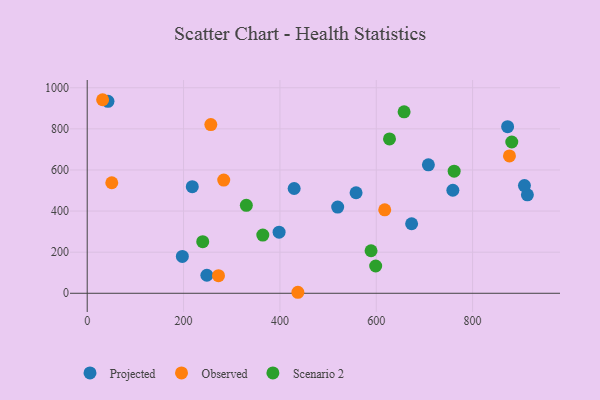
{"axis": {"x": "Engine Size", "y": "Salary"}, "legend": ["Observed", "Projected", "Scenario 2"], "data": [{"x": "398.3", "y": 297.1, "type": "Projected"}, {"x": "913.7", "y": 479.3, "type": "Projected"}, {"x": "759.0", "y": 501.4, "type": "Projected"}, {"x": "43.1", "y": 933.9, "type": "Projected"}, {"x": "673.4", "y": 338.4, "type": "Projected"}, {"x": "218.1", "y": 518.6, "type": "Projected"}, {"x": "558.1", "y": 489.2, "type": "Projected"}, {"x": "429.6", "y": 509.9, "type": "Projected"}, {"x": "872.7", "y": 810.8, "type": "Projected"}, {"x": "197.5", "y": 179.3, "type": "Projected"}, {"x": "248.4", "y": 87.8, "type": "Projected"}, {"x": "907.6", "y": 524.3, "type": "Projected"}, {"x": "708.2", "y": 624.8, "type": "Projected"}, {"x": "519.9", "y": 419.6, "type": "Projected"}, {"x": "32.0", "y": 941.8, "type": "Observed"}, {"x": "51.0", "y": 537.9, "type": "Observed"}, {"x": "437.3", "y": 4.9, "type": "Observed"}, {"x": "272.5", "y": 85.6, "type": "Observed"}, {"x": "876.5", "y": 668.3, "type": "Observed"}, {"x": "617.6", "y": 406.0, "type": "Observed"}, {"x": "256.6", "y": 821.1, "type": "Observed"}, {"x": "283.4", "y": 550.7, "type": "Observed"}, {"x": "589.2", "y": 206.9, "type": "Scenario 2"}, {"x": "239.8", "y": 251.0, "type": "Scenario 2"}, {"x": "881.3", "y": 736.2, "type": "Scenario 2"}, {"x": "761.7", "y": 594.3, "type": "Scenario 2"}, {"x": "627.5", "y": 751.3, "type": "Scenario 2"}, {"x": "598.8", "y": 132.7, "type": "Scenario 2"}, {"x": "657.8", "y": 883.0, "type": "Scenario 2"}, {"x": "364.5", "y": 283.0, "type": "Scenario 2"}, {"x": "330.3", "y": 428.1, "type": "Scenario 2"}]}